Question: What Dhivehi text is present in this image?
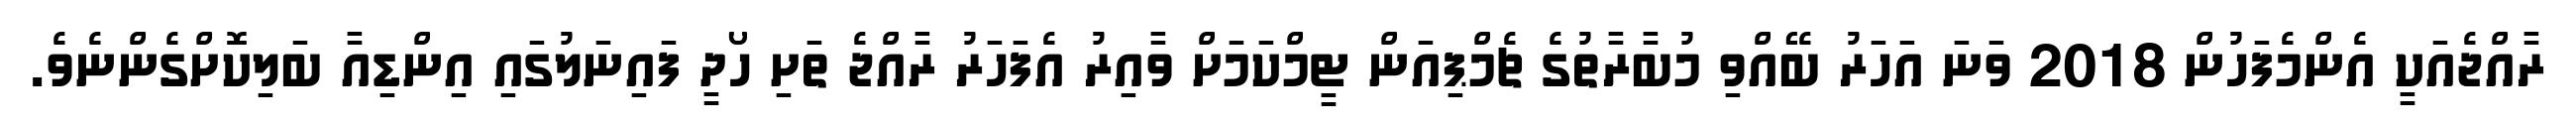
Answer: ރާއްޖެއަކީ އެންމެފަހުން 2018 ވަނަ އަހަރު ބޭއްވި މުބާރާތުގެ ޗެމްޕިއަން ޓީމްކަމަށް ވާއިރު އެފަހަރު ރާއްޖެ ތަށި ހޯދީ ފައިނަލުގައި އިންޑިއާ ބަލިކޮށްގެންނެވެ.